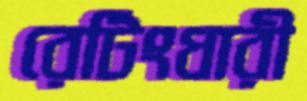
রেটিংধারী